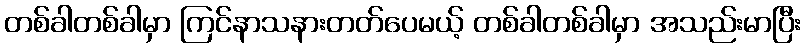
တစ်ခါတစ်ခါမှာ ကြင်နာသနားတတ်ပေမယ့် တစ်ခါတစ်ခါမှာ အသည်းမာပြီး